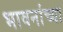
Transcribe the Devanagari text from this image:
भावनांच्या